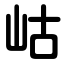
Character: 岵